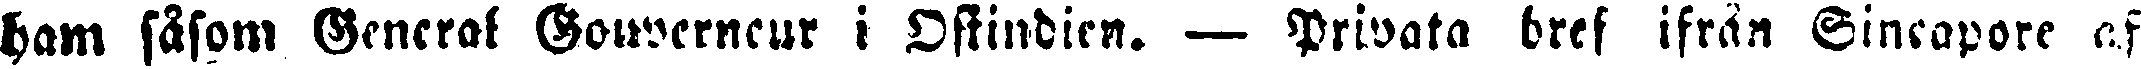
ham såsom General Gowerneur i Ostindien. — Privata bref ifrån Singapore af